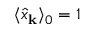
\langle \hat { x } _ { \bf k } \rangle _ { 0 } = 1